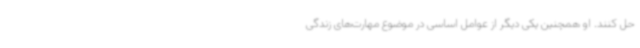
حل کنند. او همچنین یکی دیگر از عوامل اساسی در موضوع مهارت‌های زندگی